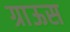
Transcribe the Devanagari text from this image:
ग्राऊस